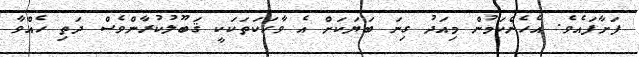
ފަށާފައެވެ. އެހެންކަމުން މިއަދު ގިނަ ބަޔަކަށް އެ ވާހަކަތަކަކީ ޤަބޫލުކުރާންވެސް ދަތި ހެއްވާ